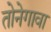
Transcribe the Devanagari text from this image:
तोनेगावा